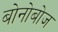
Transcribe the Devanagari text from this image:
बोनोबोज